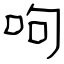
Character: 呴